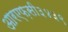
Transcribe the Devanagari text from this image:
आरएफ़सी३४३९